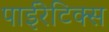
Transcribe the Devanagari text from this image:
पाईरेटिक्स